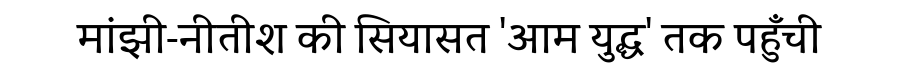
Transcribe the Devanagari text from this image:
मांझी-नीतीश की सियासत 'आम युद्ध' तक पहुँची